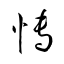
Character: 愽